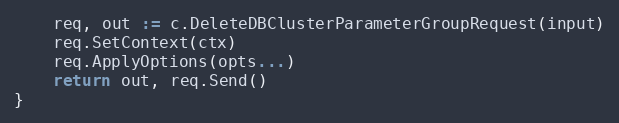
Language: Go
	req, out := c.DeleteDBClusterParameterGroupRequest(input)
	req.SetContext(ctx)
	req.ApplyOptions(opts...)
	return out, req.Send()
}